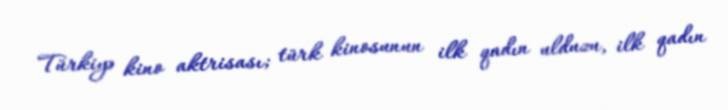
Türkiyə kino aktrisası; türk kinosunun ilk qadın ulduzu, ilk qadın